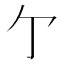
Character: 亇